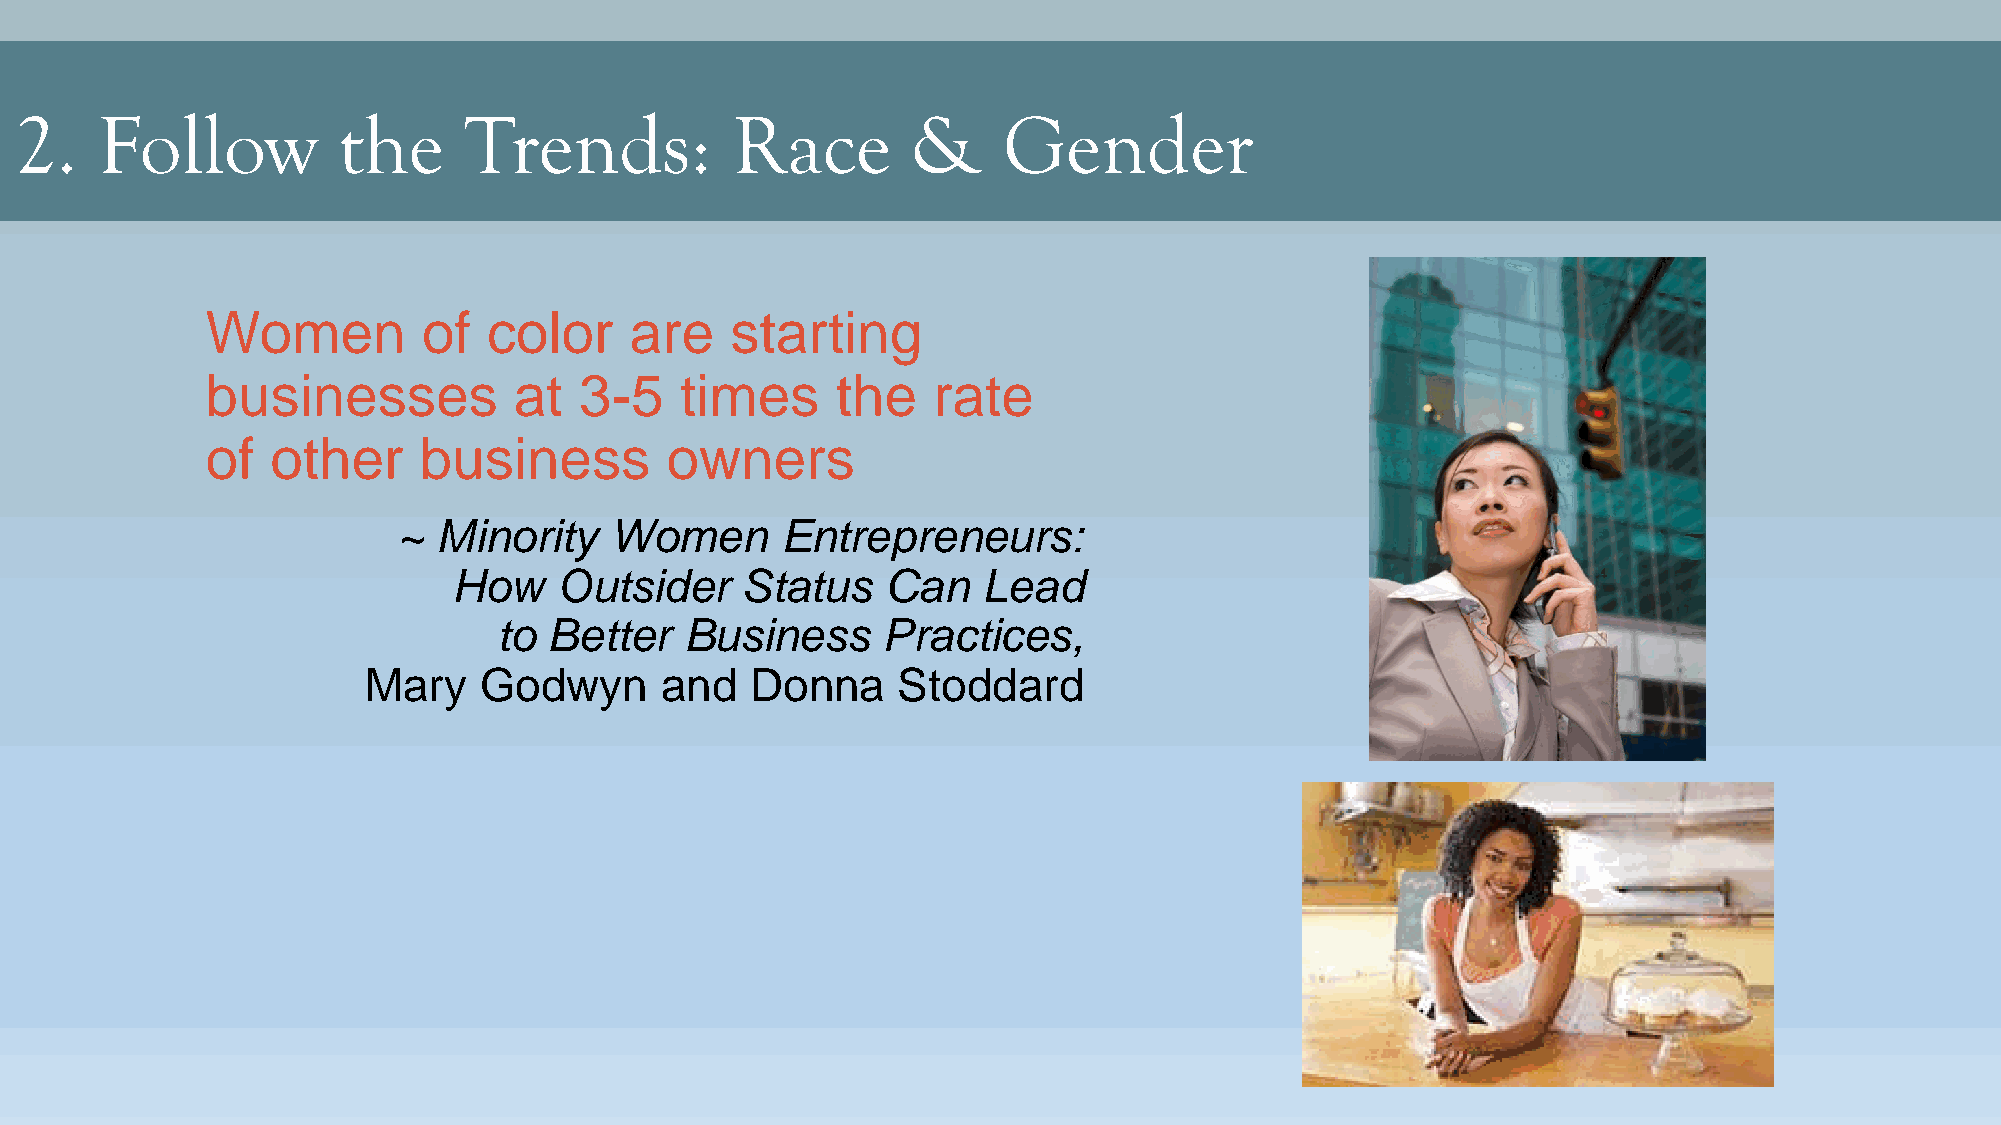
2.   Follow          the      Trends:          Race        &     Gender
 Women         of  color     are   starting
 businesses          at  3-5    times     the    rate
 of  other     business        owners
 ~  Minority   Women       Entrepreneurs:
 How    Outsider    Status    Can   Lead
 to Better   Business     Practices,
 Mary    Godwyn      and   Donna    Stoddard